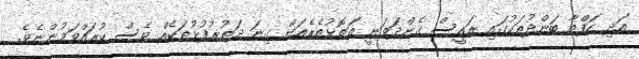
އަދި ހަފްތާ ބަންދުތަކުގައި ރައީސް ގެންދަވަނީ އަތޮޅުތެރެއަށް ގިނަ ދަތުރުފުޅުތަކެއް ވެސް ކުރައްވަމުންނެވެ.